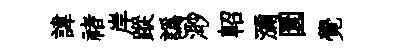
諱禇岸蹤譌𣺌軺瀰圜覺